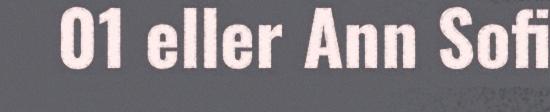
01 eller Ann Sofi